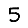
Digit: 5